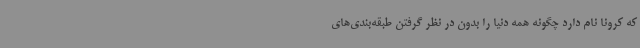
که کرونا نام دارد چگونه همه دنیا را بدون در نظر گرفتن طبقه‌بندی‌های